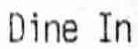
DINE IN